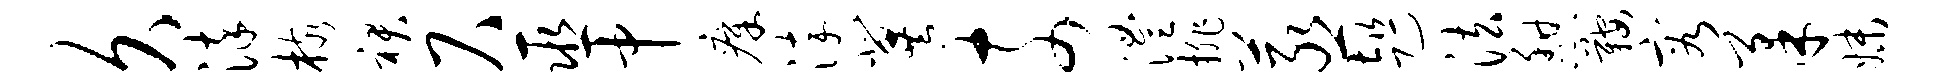
久染核裙尺巫中瘴淬冀奈澧排蒸趄法憩鞍容柔妹